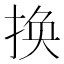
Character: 换